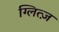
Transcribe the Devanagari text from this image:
ग्लित्ज़